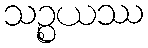
သဉ္စယဿ